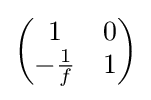
{\begin{pmatrix}1&0\\-{\frac {1}{f}}&1\end{pmatrix}}